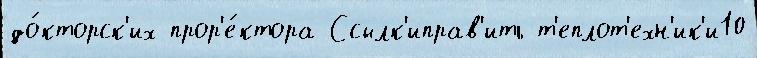
до́кторск'их прор'е́ктора Ссылк'иправ'ить т'еплот'ехн'ик'и10